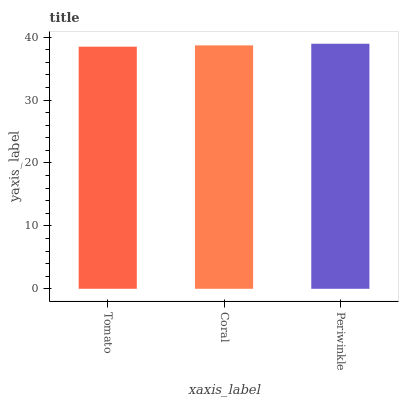
| xaxis_label | bars |
 | --- | --- |
 | Tomato | 38.5 |
 | Coral | 38.7 |
 | Periwinkle | 39 |